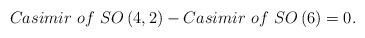
LaTeX: \begin{align*}Casimir\,\,of\,\,SO\left( 4,2\right) -Casimir\,\,of\,\,SO\left( 6\right) =0.\end{align*}